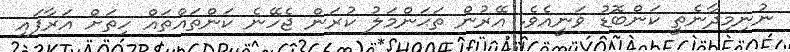
ނުނިމިދާނެތީ ކަންބޮޑު ވަނީއެވެ. އޭރުން ތަޙަންމަލު ކުރަން ޖެހޭނެ ކަންތައްތައް ހިތަށް އަރާފައި